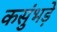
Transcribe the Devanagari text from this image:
कसुंभड़े